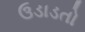
ઉડાડતો